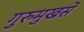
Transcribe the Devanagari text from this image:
गुरुमुखसे